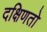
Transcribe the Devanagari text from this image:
दक्षिणतो